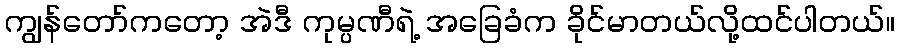
ကျွန်တော်ကတော့ အဲဒီ ကုမ္ပဏီရဲ့ အခြေခံက ခိုင်မာတယ်လို့ထင်ပါတယ်။